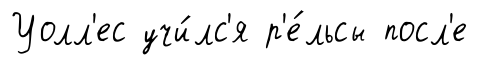
Уолл'ес учи́лс'я р'е́льсы посл'е